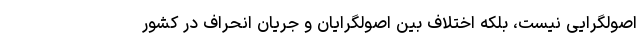
اصولگرایی نیست، بلکه اختلاف بین اصولگرایان و جریان انحراف در کشور